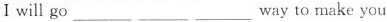
I will go ___ ___ ___ way to make you